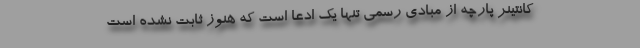
کانتینر پارچه از مبادی رسمی تنها یک ادعا است که هنوز ثابت نشده است